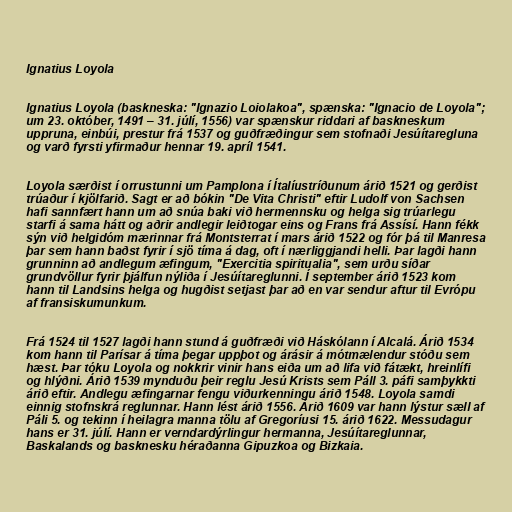
Ignatius Loyola

Ignatius Loyola (baskneska: "Ignazio Loiolakoa", spænska: "Ignacio de Loyola";
um 23. október, 1491 – 31. júlí, 1556) var spænskur riddari af baskneskum
uppruna, einbúi, prestur frá 1537 og guðfræðingur sem stofnaði Jesúítaregluna
og varð fyrsti yfirmaður hennar 19. apríl 1541.

Loyola særðist í orrustunni um Pamplona í Ítalíustríðunum árið 1521 og gerðist
trúaður í kjölfarið. Sagt er að bókin "De Vita Christi" eftir Ludolf von Sachsen
hafi sannfært hann um að snúa baki við hermennsku og helga sig trúarlegu
starfi á sama hátt og aðrir andlegir leiðtogar eins og Frans frá Assísí. Hann fékk
sýn við helgidóm mærinnar frá Montsterrat í mars árið 1522 og fór þá til Manresa
þar sem hann baðst fyrir í sjö tíma á dag, oft í nærliggjandi helli. Þar lagði hann
grunninn að andlegum æfingum, "Exercitia spiritualia", sem urðu síðar
grundvöllur fyrir þjálfun nýliða í Jesúítareglunni. Í september árið 1523 kom
hann til Landsins helga og hugðist setjast þar að en var sendur aftur til Evrópu
af fransiskumunkum.

Frá 1524 til 1527 lagði hann stund á guðfræði við Háskólann í Alcalá. Árið 1534
kom hann til Parísar á tíma þegar uppþot og árásir á mótmælendur stóðu sem
hæst. Þar tóku Loyola og nokkrir vinir hans eiða um að lifa við fátækt, hreinlífi
og hlýðni. Árið 1539 mynduðu þeir reglu Jesú Krists sem Páll 3. páfi samþykkti
árið eftir. Andlegu æfingarnar fengu viðurkenningu árið 1548. Loyola samdi
einnig stofnskrá reglunnar. Hann lést árið 1556. Árið 1609 var hann lýstur sæll af
Páli 5. og tekinn í heilagra manna tölu af Gregoríusi 15. árið 1622. Messudagur
hans er 31. júlí. Hann er verndardýrlingur hermanna, Jesúítareglunnar,
Baskalands og basknesku héraðanna Gipuzkoa og Bizkaia.